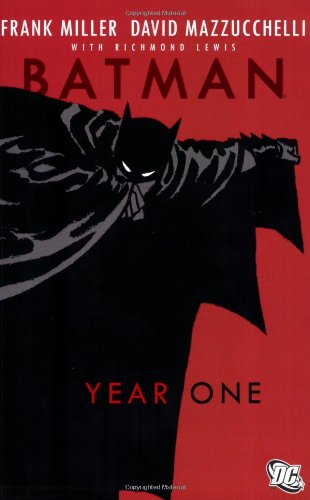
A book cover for Batman: Year One; Frank Miller; Comics & Graphic Novels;